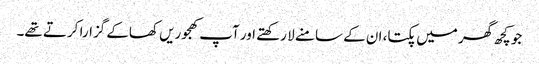
جو کچھ گھر میں پکتا، ان کے سامنے لا رکھتے اور آپ کھجوریں کھاکے گزارا کرتے تھے۔